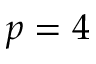
p = 4